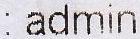
: ADMIN